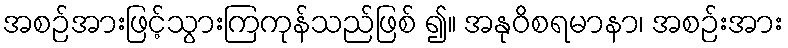
အစဉ်အားဖြင့်သွားကြကုန်သည်ဖြစ် ၍။ အနုဝိစရမာနာ၊ အစဉ်းအား